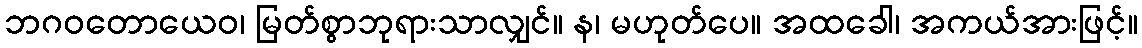
ဘဂဝတောယေဝ၊ မြတ်စွာဘုရားသာလျှင်။ န၊ မဟုတ်ပေ။ အထခေါ၊ အကယ်အားဖြင့်။